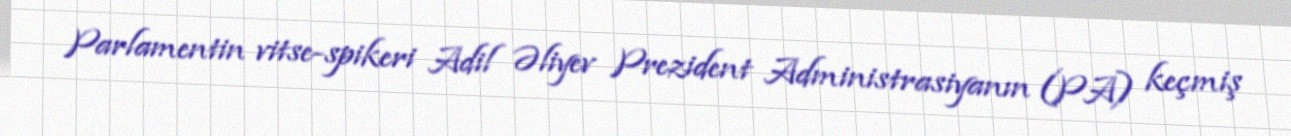
Parlamentin vitse-spikeri Adil Əliyev Prezident Administrasiyanın (PA) keçmiş